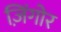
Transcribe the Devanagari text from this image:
ज़िंगोर